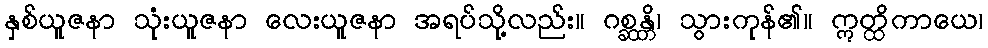
နှစ်ယူဇနာ သုံးယူဇနာ လေးယူဇနာ အရပ်သို့လည်း။ ဂစ္ဆန္တိ၊ သွားကုန်၏။ ဣတ္ထိကာယေ၊